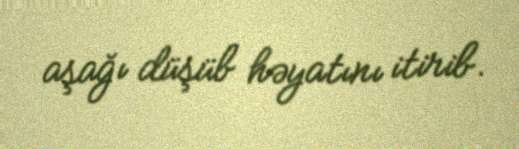
aşağı düşüb həyatını itirib.